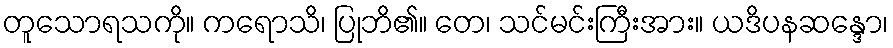
တူသောရသကို။ ကရောသိ၊ ပြုဘိ၏။ တေ၊ သင်မင်းကြီးအား။ ယဒိပနဆန္ဒော၊